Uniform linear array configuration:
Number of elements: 48
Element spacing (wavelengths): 0.5
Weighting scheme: hann
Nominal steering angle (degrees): -30
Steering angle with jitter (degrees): -28.634
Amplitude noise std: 0.05
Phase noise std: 0.05

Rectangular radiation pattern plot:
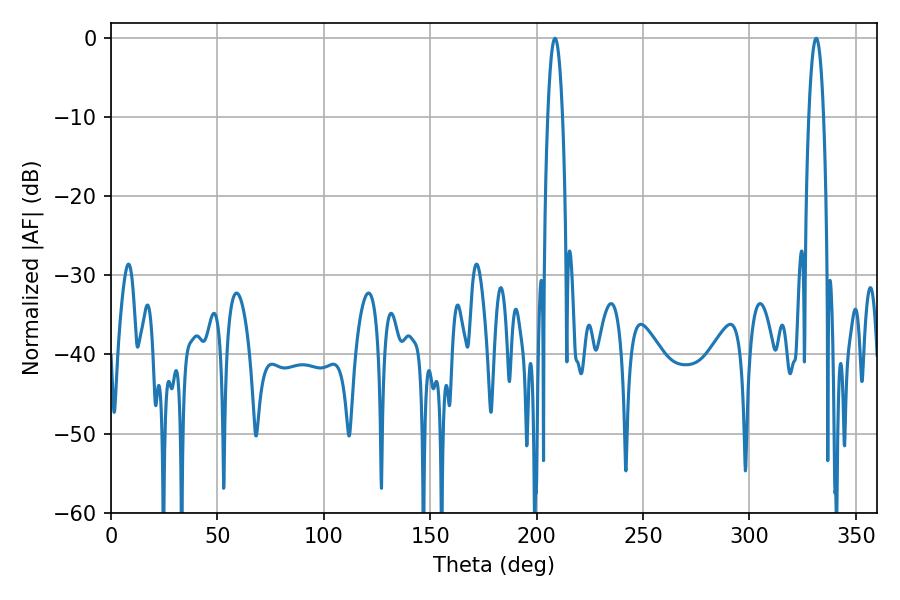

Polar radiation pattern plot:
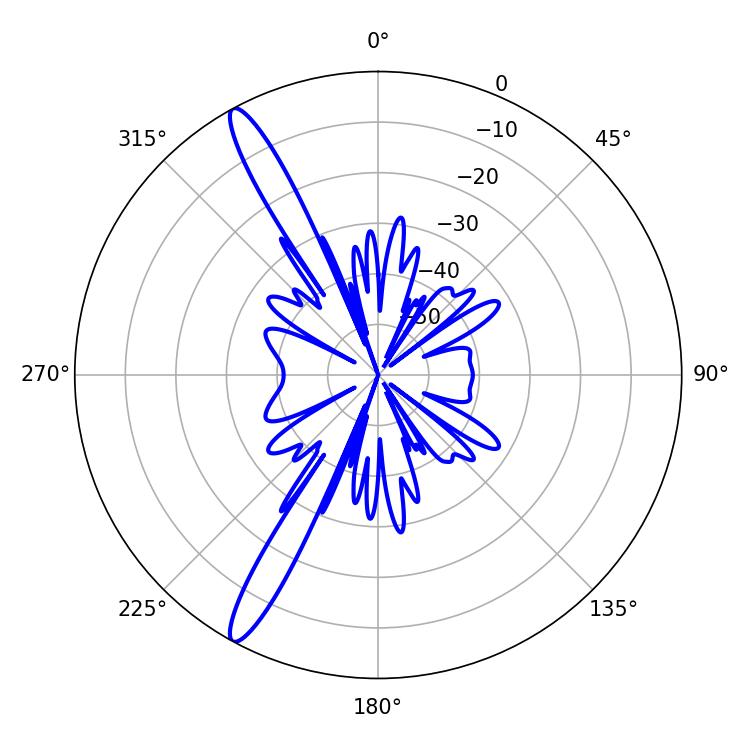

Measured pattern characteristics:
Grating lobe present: FALSE
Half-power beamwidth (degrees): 3.96
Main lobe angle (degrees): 208.62